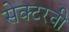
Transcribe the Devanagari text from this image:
सेक्टरची